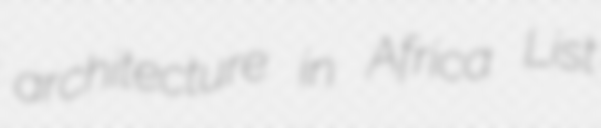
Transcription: architecture in Africa List